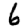
Digit: 6